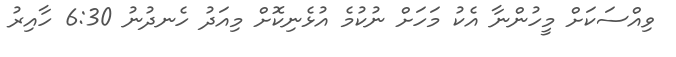
ވިއްސަކަށް މީހުންނާ އެކު މަހަށް ނުކުމެ އުޅެނިކޮށް މިއަދު ހެނދުނު 6:30 ހާއިރު